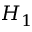
H _ { 1 }